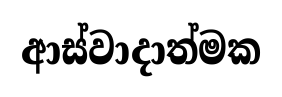
ආස්වාදාත්මක